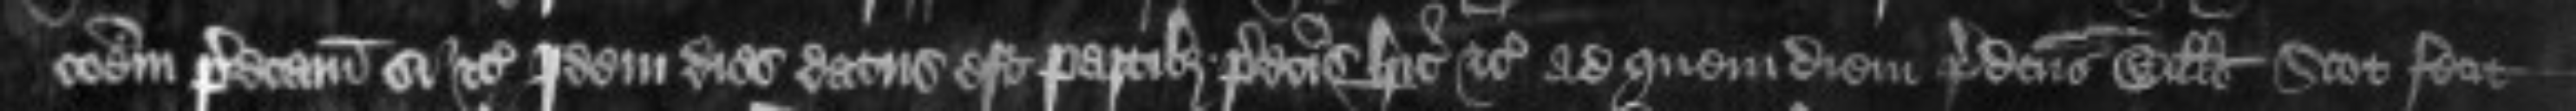
cionem predictam si etc Idem dies datus est partibus predictis hic etc ad quem diem predictus Willelmus Scot fecit